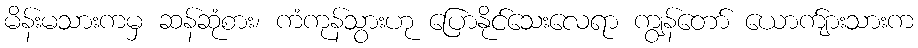
မိန်းမသားကမှ ဆန်ဆုံစား၊ ကံကုန်သွားဟု ပြောနိုင်သေးလေရာ ကျွန်တော် ယောက်ျားသားက